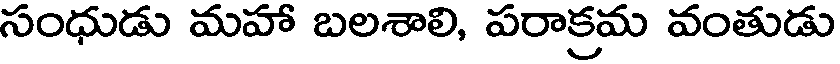
సంధుడు మహా బలశాలి, పరాక్రమ వంతుడు